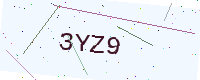
Text: 3YZ9